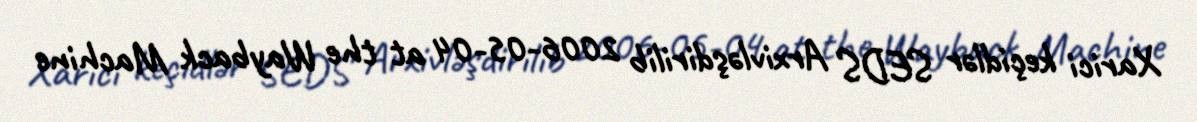
Xarici keçidlər SEDS Arxivləşdirilib 2006-05-04 at the Wayback Machine